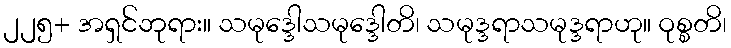
၂၂၅+ အရှင်ဘုရား။ သမုဒ္ဒေါသမုဒ္ဒေါတိ၊ သမုဒ္ဒရာသမုဒ္ဒရာဟု။ ဝုစ္စတိ၊